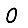
Digit: 0